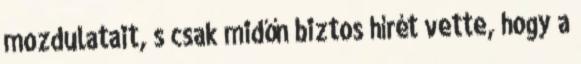
mozdulatait, s csak midőn biztos hírét vette, hogy a